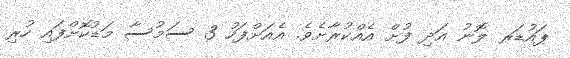
ޕައުޑަރ ލޮނު އަދި ފުށް އެއްކުރާށެވެ. އެއަށްފަހު 3 ސަމުސާ މަޑުކޮށްފައި ހުރި